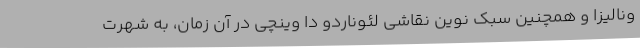
ونالیزا و همچنین سبک نوین نقاشی لئوناردو دا وینچی در آن زمان، به شهرت